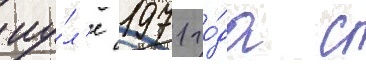
иу́л'е 1971 го́да с